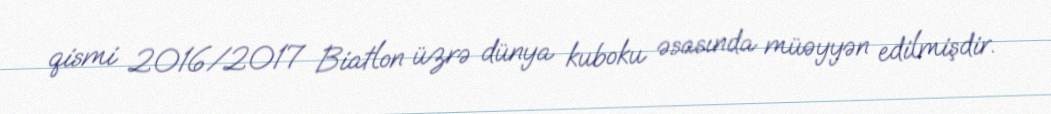
qismi 2016/2017 Biatlon üzrə dünya kuboku əsasında müəyyən edilmişdir.